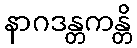
နာဂဒန္တကန္တိ